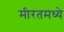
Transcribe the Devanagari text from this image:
मीरतमध्ये